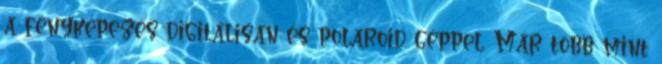
a fényképezés digitálisan és polaroid géppel. Már több mint